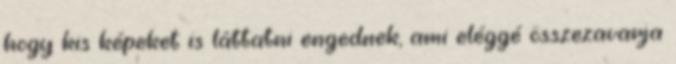
hogy kis képeket is láttatni engednek, ami eléggé összezavarja